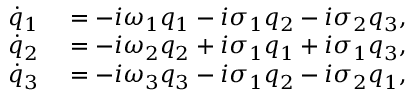
\begin{array} { r l } { \dot { q } _ { 1 } } & { { } = - i \omega _ { 1 } q _ { 1 } - i \sigma _ { 1 } q _ { 2 } - i \sigma _ { 2 } q _ { 3 } , } \\ { \dot { q } _ { 2 } } & { { } = - i \omega _ { 2 } q _ { 2 } + i \sigma _ { 1 } q _ { 1 } + i \sigma _ { 1 } q _ { 3 } , } \\ { \dot { q } _ { 3 } } & { { } = - i \omega _ { 3 } q _ { 3 } - i \sigma _ { 1 } q _ { 2 } - i \sigma _ { 2 } q _ { 1 } , } \end{array}